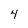
Character: 4